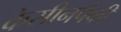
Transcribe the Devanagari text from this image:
केसीनपैकी